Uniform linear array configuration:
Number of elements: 8
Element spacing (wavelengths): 0.75
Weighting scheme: binomial
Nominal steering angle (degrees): -60
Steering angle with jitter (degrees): -59.102
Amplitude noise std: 0.05
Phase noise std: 0.05

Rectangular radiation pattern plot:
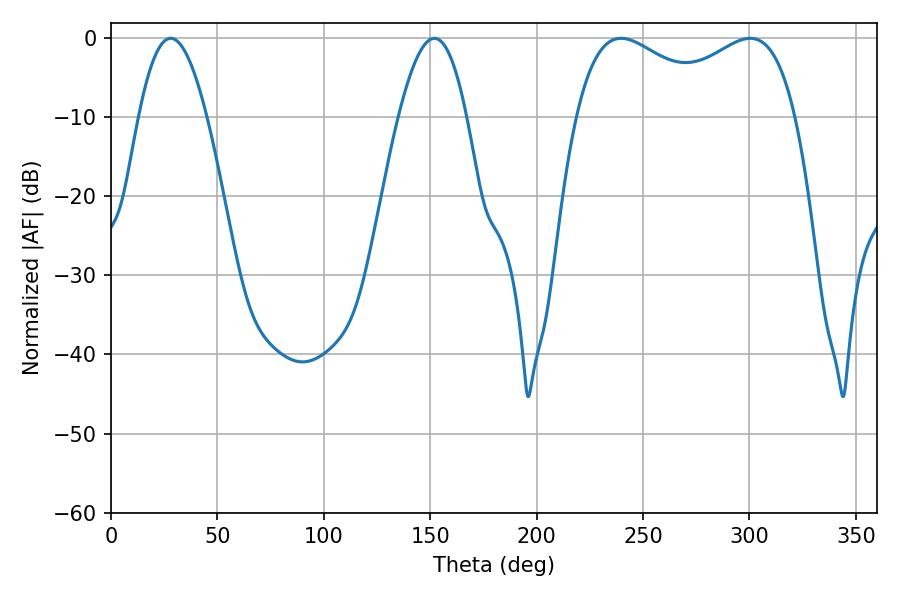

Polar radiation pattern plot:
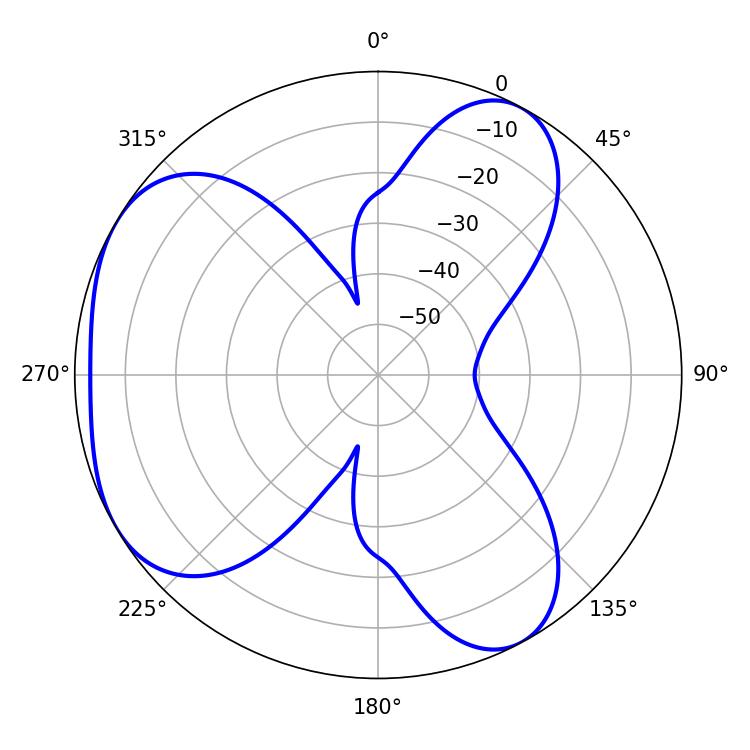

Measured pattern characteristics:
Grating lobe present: TRUE
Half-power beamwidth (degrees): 17.46
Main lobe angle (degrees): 151.92